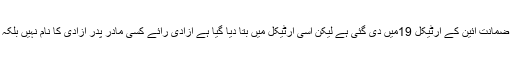
آزادی اظہار رائے کی ضمانت آئین کے آرٹیکل 19میں دی گئی ہے لیکن اسی آرٹیکل میں بتا دیا گیا ہے آزادی رائے کسی مادر پدر آزادی کا نام نہیں بلکہ اس کی کچھ حدود ہیں۔